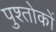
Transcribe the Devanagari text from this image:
पुश्तोकों